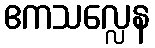
ဧကသလ္လေန